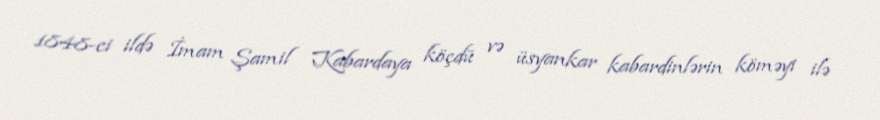
1848-ci ildə İmam Şamil Kabardaya köçdü və üsyankar kabardinlərin köməyi ilə